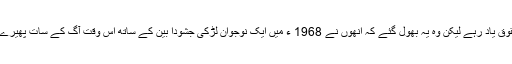
مودی جی کو شریعت اسلامی کے خلاف صف آراء ہونے والی چند گمراہ مسلم خواتین کے حقوق یاد رہے لیکن وہ یہ بھول گئے کہ انھوں نے 1968 ء میں ایک نوجوان لڑکی جشودا بین کے ساتھ اُس وقت آگ کے سات پھیرے لیکر یہ وعدہ کیا تھا کہ زندگی بھر اُس کا ساتھ نبھائیں گے اور اس کی حفاظت کریں گے ۔